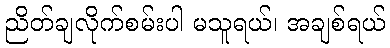
ညိတ်ချလိုက်စမ်းပါ မသူရယ်၊ အချစ်ရယ်